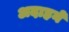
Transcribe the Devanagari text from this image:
अदाहने